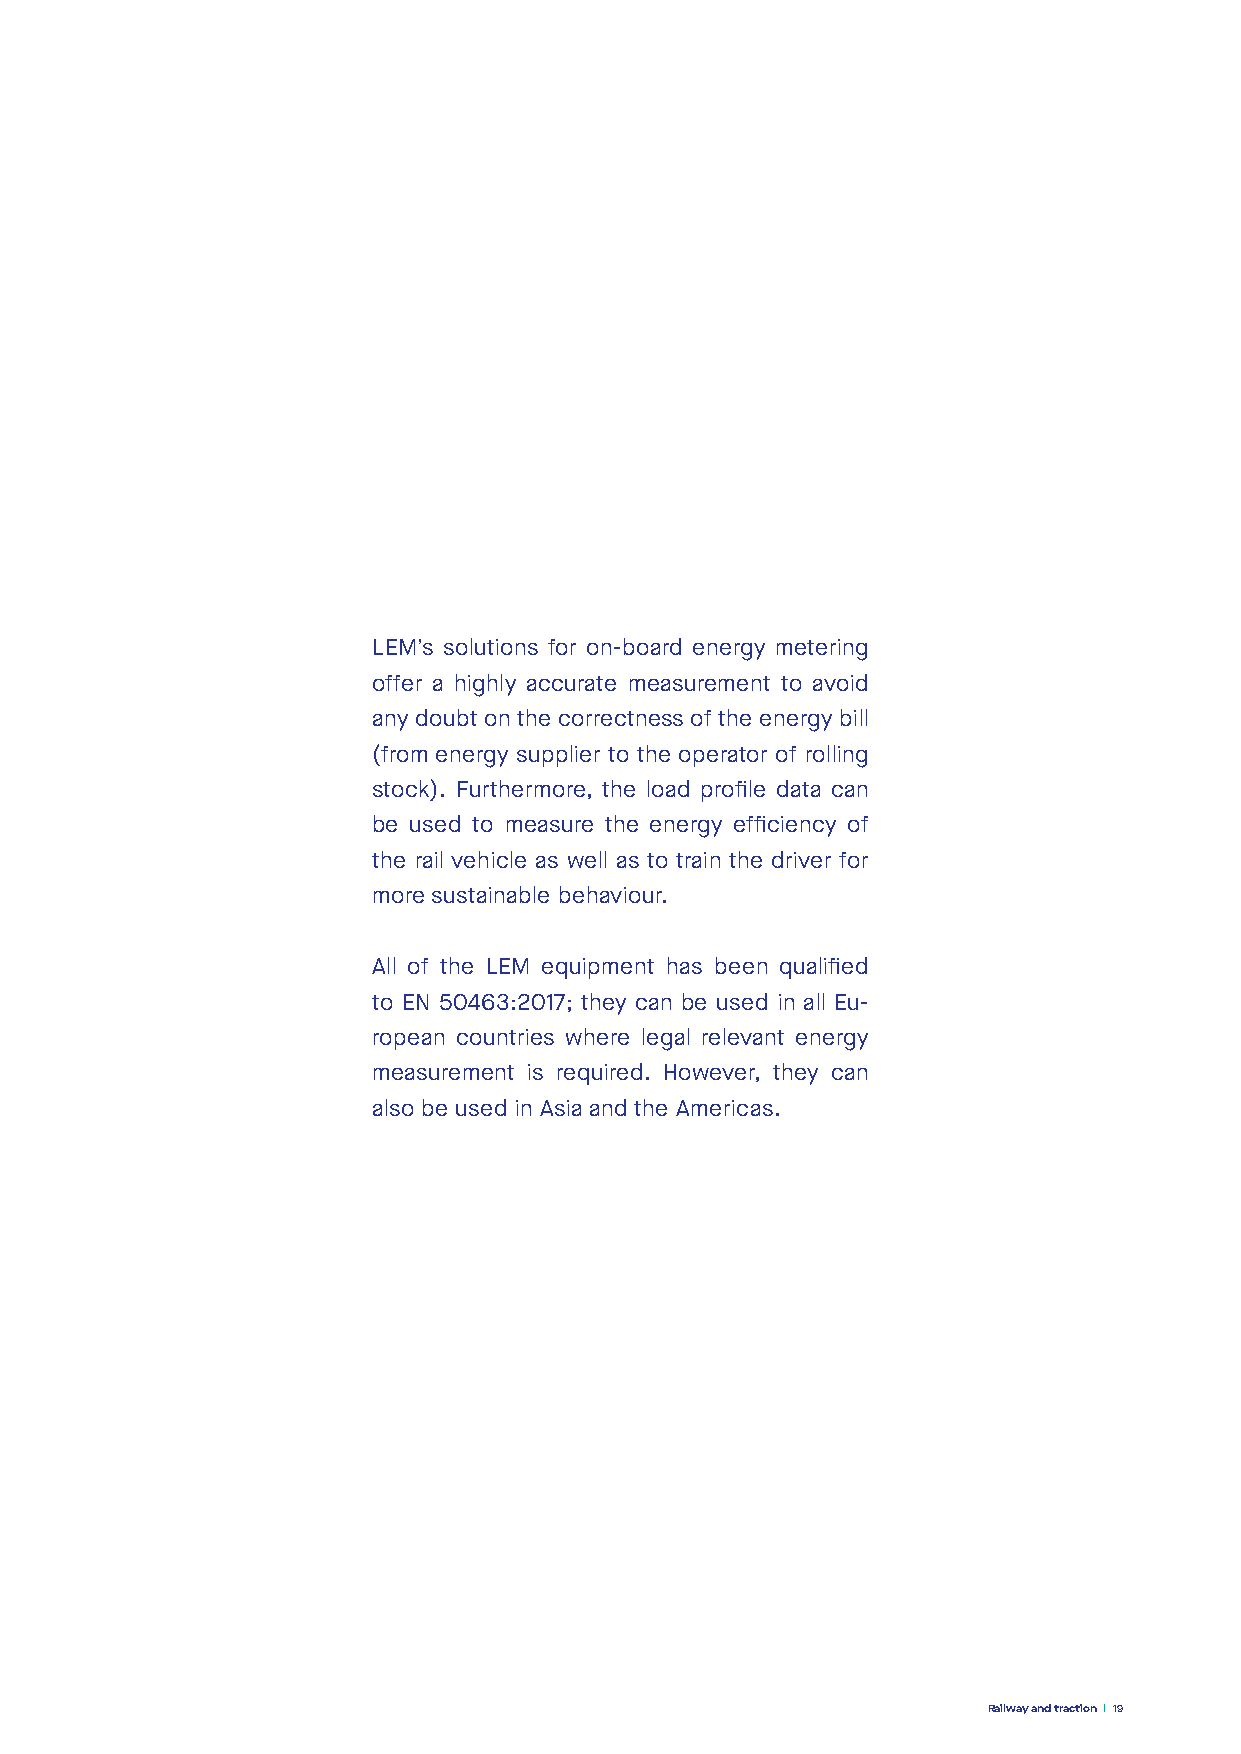
LEM’s solutions for on-board energy metering
 offer a highly accurate measurement to avoid
 any doubt on the correctness of the energy bill
 (from energy supplier to the operator of rolling
 stock). Furthermore, the load profile data can
 be used to measure the energy efficiency of
 the rail vehicle as well as to train the driver for
 more sustainable behaviour.
 All of the LEM equipment has been qualified
 to EN 50463:2017; they can be used in all Eu-
 ropean countries where legal relevant energy
 measurement is required. However, they can
 also be used in Asia and the Americas.
 Railway and traction 19